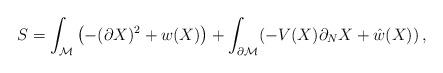
LaTeX: \begin{align*}S=\int_{\cal M} \left( -(\partial X)^2 +w(X)\right) +\int_{\partial {\cal M}}( - V(X)\partial_N X +\hat w(X) ) \,,\end{align*}